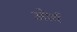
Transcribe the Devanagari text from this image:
ओर्व